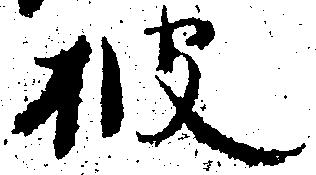
披